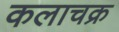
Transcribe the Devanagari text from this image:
कलाचक्र